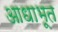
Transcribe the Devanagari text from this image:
आधाभूत